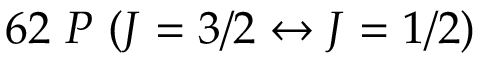
6 2 ~ P ~ ( { J = 3 / 2 } \leftrightarrow { J = 1 / 2 } )